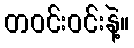
တဝင်းဝင်းနဲ့။